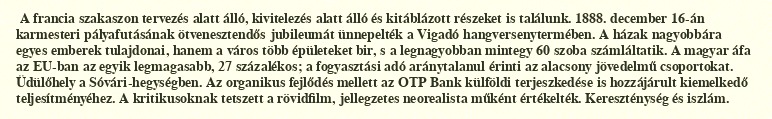
A francia szakaszon tervezés alatt álló, kivitelezés alatt álló és kitáblázott részeket is találunk. 1888. december 16-án karmesteri pályafutásának ötvenesztendős jubileumát ünnepelték a Vigadó hangversenytermében. A házak nagyobbára egyes emberek tulajdonai, hanem a város több épületeket bir, s a legnagyobban mintegy 60 szoba számláltatik. A magyar áfa az EU-ban az egyik legmagasabb, 27 százalékos; a fogyasztási adó aránytalanul érinti az alacsony jövedelmű csoportokat. Üdülőhely a Sóvári-hegységben. Az organikus fejlődés mellett az OTP Bank külföldi terjeszkedése is hozzájárult kiemelkedő teljesítményéhez. A kritikusoknak tetszett a rövidfilm, jellegzetes neorealista műként értékelték. Kereszténység és iszlám.